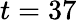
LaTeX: t=37